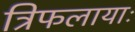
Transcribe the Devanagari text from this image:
त्रिफलायाः